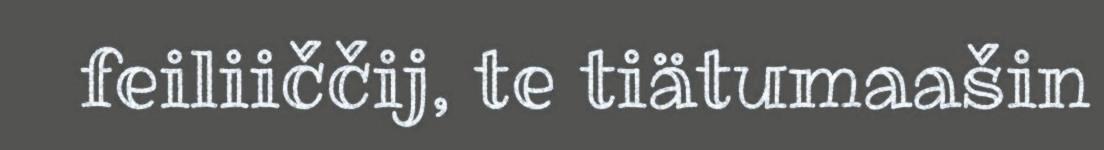
feiliiččij, te tiätumaašin